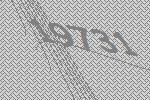
19731